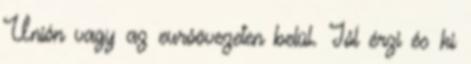
Unión vagy az euróövezeten belül. Jól érzi és ki